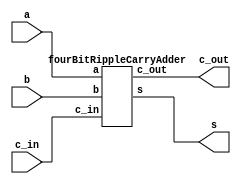
/* Lab 3 Part 1 */

// Mapping to FPGA and Instantiating 
module part1(input [3:0] a, input [3:0] b, input c_in, output [3:0] s, c_out );

    
  //  input [8:0] SW, output [9:0] LEDR

	fourBitRippleCarryAdder FBRCAM ( .a(a), .b(b), .c_in(c_in), .c_out(c_out), .s(s) );

endmodule // part1



// Full adder module

module fullAdder( input c_in, a, b, output c_out, s );

	assign s = (a ^ b) ^ c_in; // XOR 
	assign c_out = (a & b) | (b & c_in) | (a & c_in);

endmodule // fullAdder


// Four Bit Ripple Carry Adder Module

module fourBitRippleCarryAdder( input [3:0] a, input [3:0] b, input c_in, output [3:0] c_out, output [3:0] s );

	wire[2:0] c; 
	
    fullAdder bit0 (.c_in(c_in), .a(a[0]), .b(b[0]), .c_out(c[0]), .s(s[0]));
    fullAdder bit1 (.c_in(c[0]), .a(a[1]), .b(b[1]), .c_out(c[1]), .s(s[1]));
    fullAdder bit2 (.c_in(c[1]), .a(a[2]), .b(b[2]), .c_out(c[2]), .s(s[2]));
    fullAdder bit3 (.c_in(c[2]), .a(a[3]), .b(b[3]), .c_out(c_out[3]), .s(s[3]));

    assign c_out[0] = c[0]; 
    assign c_out[1] = c[1];
    assign c_out[2] = c[2];  
	
endmodule // fourBitRippleCarryAdder